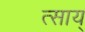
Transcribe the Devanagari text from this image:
त्साय्